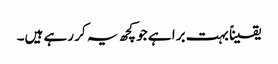
یقیناً بہت برا ہے جو کچھ یہ کر رہے ہیں۔